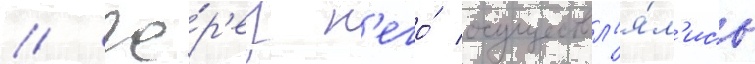
// Че́р'ез н'его́ осуществл'я́л'ись